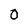
Character: O